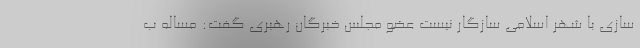
سازی با شهر اسلامی سازگار نیست عضو مجلس خبرگان رهبری گفت: مساله ب